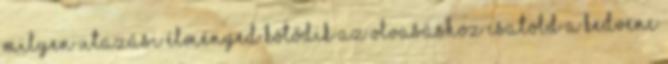
milyen utazási élményed kötődik az olvasáshoz Csatold a kedvenc